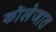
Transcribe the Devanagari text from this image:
कॊलेजात